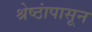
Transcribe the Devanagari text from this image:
श्रेष्ठांपासून